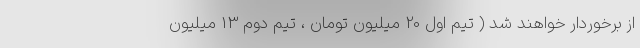
از برخوردار خواهند شد ( تیم اول 20 میلیون تومان ، تیم دوم 13 میلیون